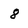
Character: 8